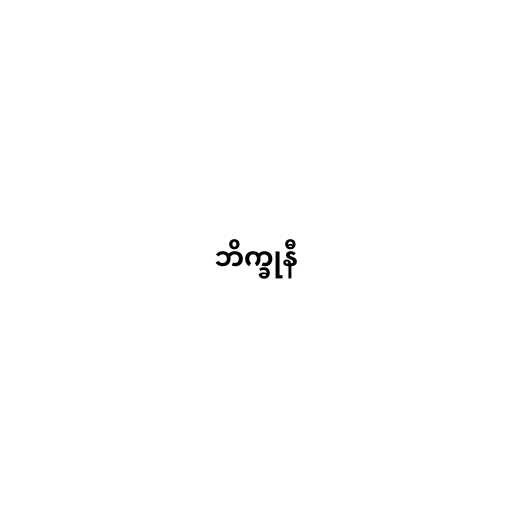
ဘိက္ခုနီ